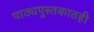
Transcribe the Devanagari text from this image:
पाठ्यपुस्तकातही